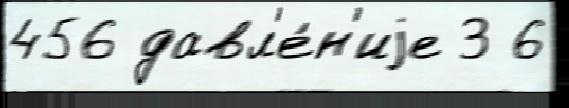
456 давл'е́н'иjе 3 6